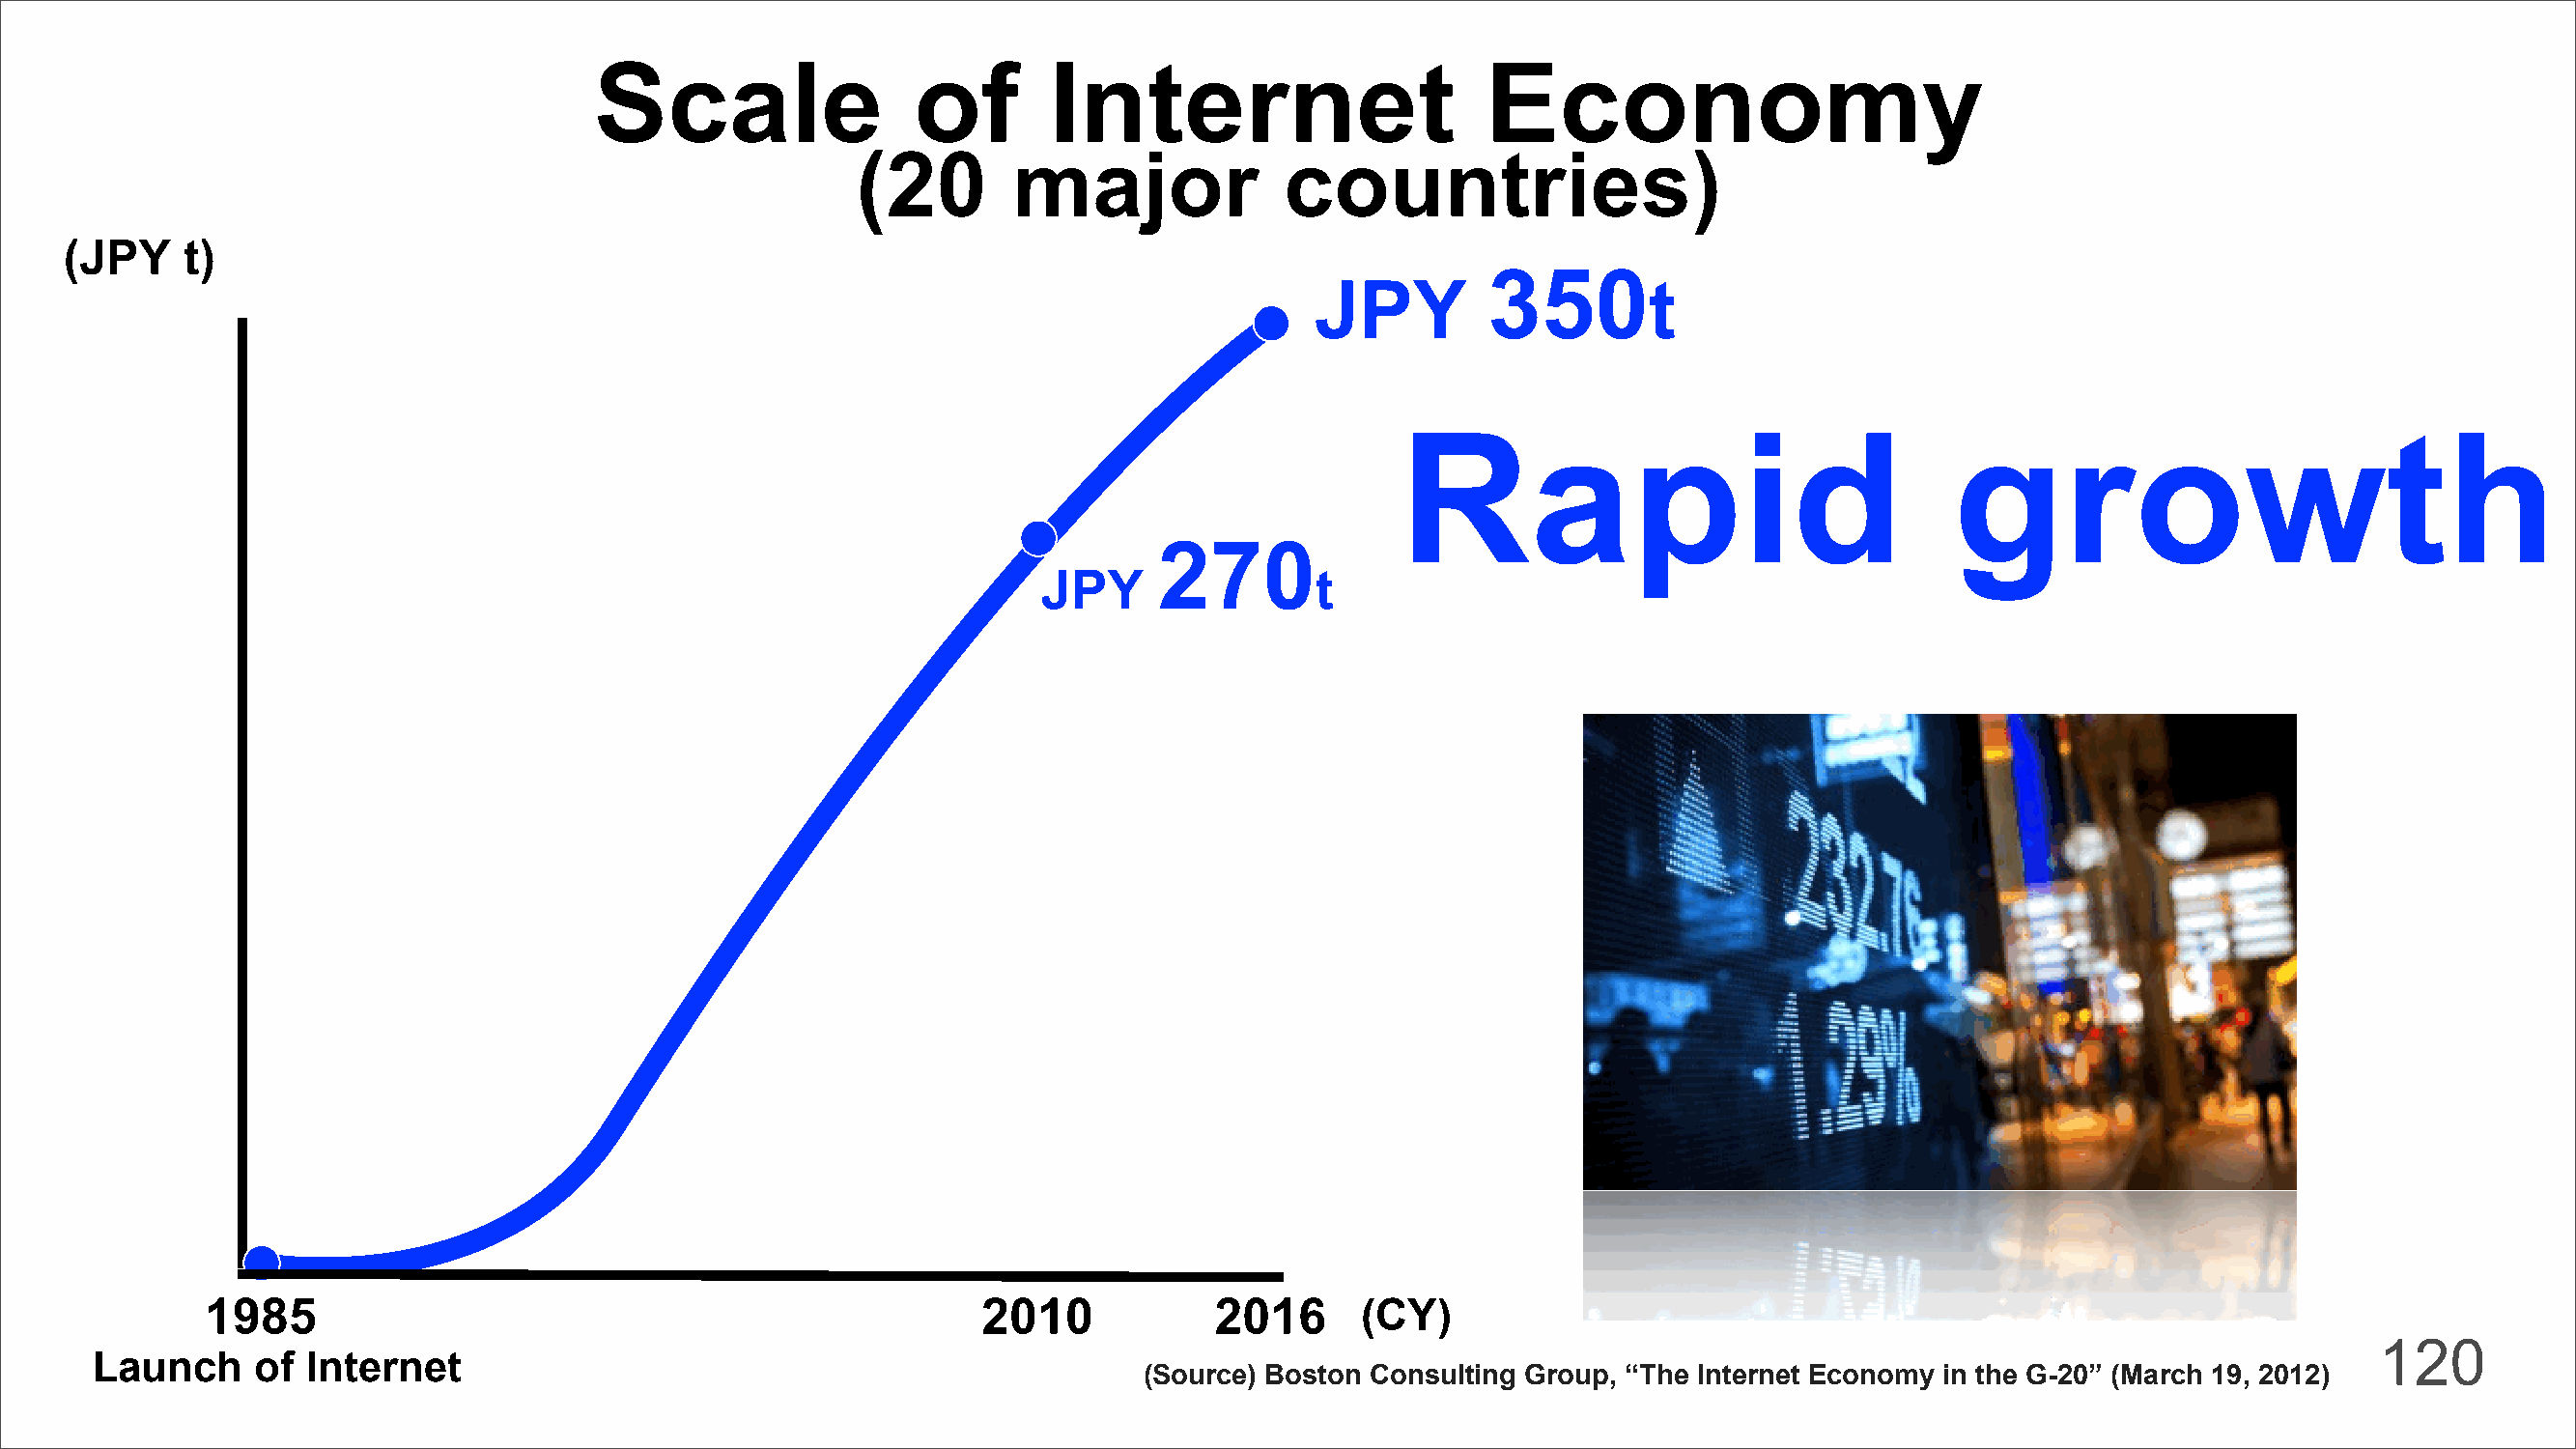
Scale                 of       Internet                      Economy
 (20       major              countries)
 (JPY     t)
 350
 JPY                    t
 Rapid                                 growth
 270
 JPY                t
 1985                                                 2010            2016      (CY)
 120
 Launch     of  Internet
 (Source) Boston Consulting Group, “The Internet Economy in the G-20” (March 19, 2012)